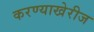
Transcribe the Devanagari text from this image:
करण्याखेरीज